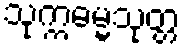
သုက္ကဓမ္မသုတ္တ